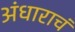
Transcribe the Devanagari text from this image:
अंधाराचं